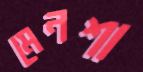
মেনশা